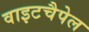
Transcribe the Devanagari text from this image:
वाइटचैपेल